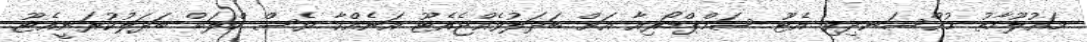
މައުލޫމާތު މުއްސަނދިވި އެޓޫ ސަމްޕްޑޯރިއާ އަށް ބަދަލުވެއްޖެއެޓޫ އަނެއްކާ ވެސް ކްލަބް ބަދަލުކުރަނީއެޓޫ